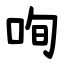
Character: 咰